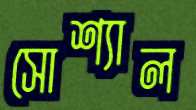
সোশ্যাল